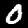
Label: 0